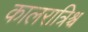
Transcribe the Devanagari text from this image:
कालरात्रिश्च